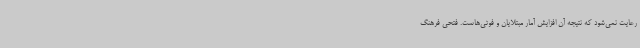
رعایت نمی‌شود که نتیجه آن افزایش آمار مبتلایان و فوتی‌هاست. فتحی فرهنگ